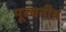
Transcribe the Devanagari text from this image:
पूज्‍यनीय